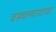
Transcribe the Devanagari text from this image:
बसवल्यासारखा